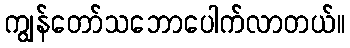
ကျွန်တော်သဘောပေါက်လာတယ်။